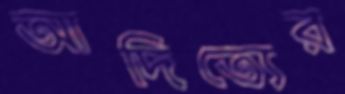
আদিত্যের